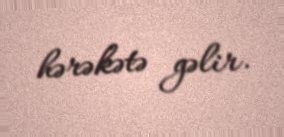
hərəkətə gəlir.